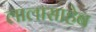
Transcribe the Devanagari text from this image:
लालासाहेब